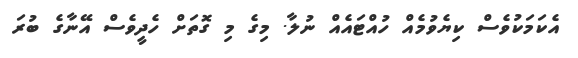
އެކަމަކުވެސް ކިޔެވުމެއް ހުއްޓައެއް ނުލާ. މިގެ މި ގޮތަށް ހެދީވެސް އޭނާގެ ބުރަ